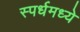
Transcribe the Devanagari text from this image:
स्पर्धमध्ये